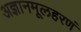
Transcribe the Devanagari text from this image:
अज्ञानमूलहरणं